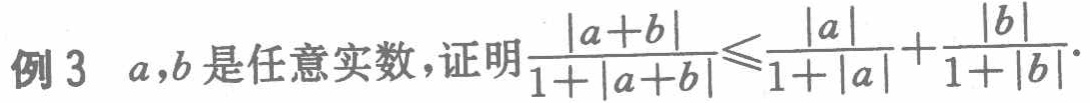
例3 \(a,b\)是任意实数，证明\(\frac{|a + b|}{1 + |a + b|} \leq \frac{|a|}{1 + |a|} + \frac{|b|}{1 + |b|}\)